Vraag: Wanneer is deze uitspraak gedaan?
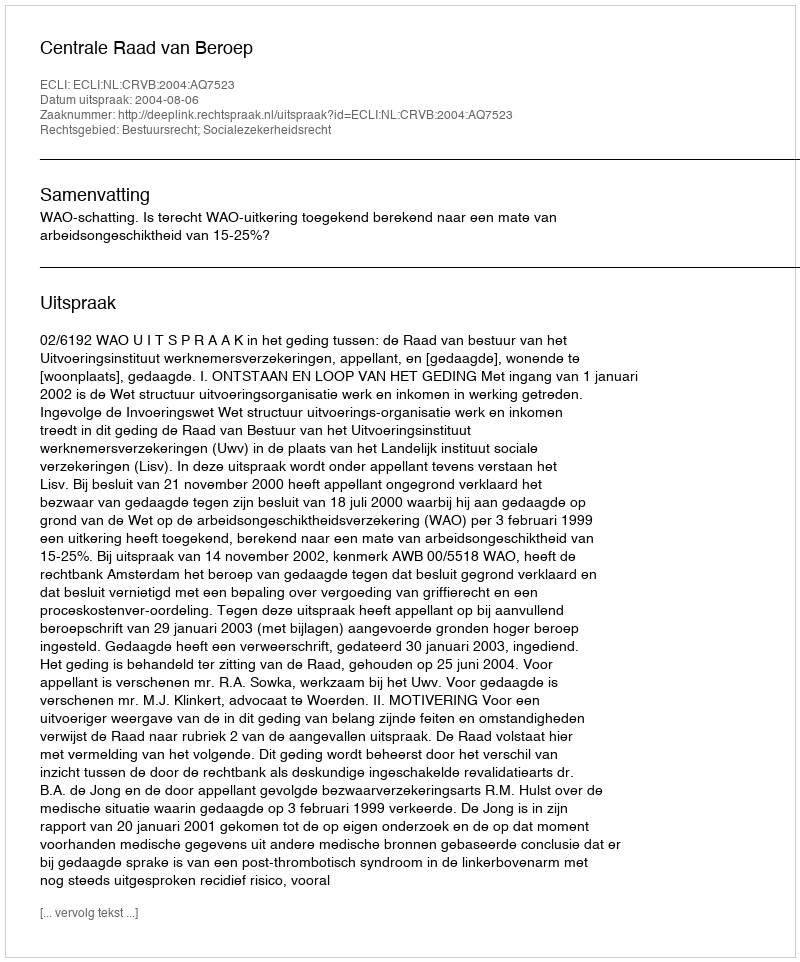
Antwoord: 2004-08-06